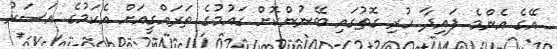
އޭގެ އެންމެ ފައިދާ ހުރި ގޮތުގައި ބޭނުންކޮށް ގައުމުގެ ތަރައްގީއަށް އެކަމުގެ އަސަރު